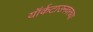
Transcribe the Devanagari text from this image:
यॉर्कटाउनवरच्या